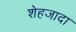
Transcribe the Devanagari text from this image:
शेहजादा